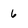
Character: 6